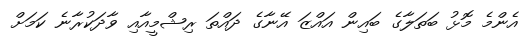
އެންމެ މޮޅު ބަތަލާގެ ބައިން އައްޒަ އޭނާގެ ދައްތަ ރިޝްމީއާއި ވާދަކުރާނެ ކަމަށް